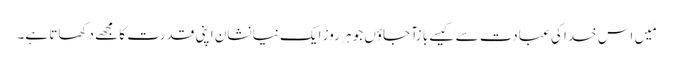
مَیں اس خدا کی عبادت سے کیسے با زآ جاؤں جو ہر روز ایک نیا نشان اپنی قدرت کا مجھے دکھاتا ہے۔